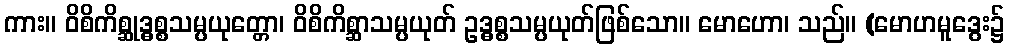
ကား။ ဝိစိကိစ္ဆုဒ္ဓစ္စသမ္ပယုတ္တော၊ ဝိစိကိစ္ဆာသမ္ပယုတ် ဥဒ္ဓစ္စသမ္ပယုတ်ဖြစ်သော။ မောဟော၊ သည်။ (မောဟမူဒွေး၌